Vital statistics of India. Vol. V, Reports of 1876 on armies & jails and on epidemic cholera
Year: 1876
Disease focus: Cholera
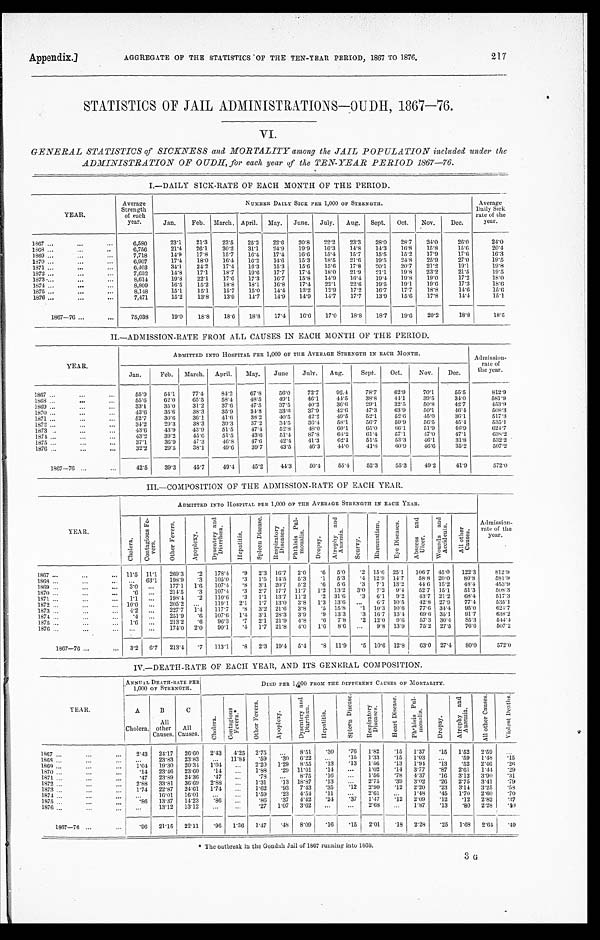
AGGREGATE OF THE STATISTICS OF THE TEN-YEAR PERIOD, 1867 TO 1876.
Appendix.]
217
STATISTICS OF JAIL ADMINISTRATIONS—OUDH, 1867—76.
VI.
GENERAL STATISTICS of SICKNESS and MORTALITY among the JAIL POPULATION included under the
ADMINISTRATION OF OUDH, for each year of the TEN-YEAR PERIOD 1867—76.
I.—DAILY SICK-RATE OF EACH MONTH OF THE PERIOD.
YEAR.
Average
Strength
of each
year.
NUMBER DAILY SICK PER 1,000 OF STRENGTH.
Average
Daily Sick
rate of the
year.
Jan.
Feb. March. April. May.
June. July.
Aug. Sept.
Oct.
Nov.
Dec.
1867 ...
...
...
6,580
23.1
21.3
23.5
25.2
22.6
20.8
22.2
23.3
28.0
28.7
24.0
26.0
24.0
1868 . . .
. . .
..
6,756
21.4
26.1
30.2
31.1
24.9
19.9
16.3
1 4 . 8
14.3
16.8
1 5 . 8
1 5 . 6
2 0 . 4
1869 . . .
. . .
. . .
7,718
14.9
17.8
15.7
16.4
17.4
16.6
15.4
15.7
15.5
15.2
17.9
17.6
16.3
1870 . . .
. . .
. . .
6,907
17.4
18.0
16.4
16.2
1 4 . 6
15.3
18.5
21.6
19.5
24.8
25.9
27.0
19.5
1871 . . .
. . .
. . .
6,403
34.1
24.2
17.4
16.3
15.3
15.6
1 5 . 6
17.8
20.1
20.7
21.2
19.1
19.8
1872 . . .
. . .
. . .
7,632
14.8
17.1
18.7
19.6
17.7
17.4
18.0
21.9
21.1
19.8
23.2
21.5
19.5
1 8 7 3 . . .
. . .
. . .
8,614
1 9 . 8
22.1
17.6
17.3
16.7
15.8
1 4 . 9
16.4
1 9 . 4 19.8
19.0
17.2
18.0
1 8 7 4
. . .
. . .
. . .
8,809
16.5
15.2
18.8
18.1
16.8
1 7 . 4
22.1
22.6
19.5
19.1
19.6
17.3
18.6
1875 ...
. . .
...
8,148
15.1
15.1
15.7
15.0
1 4 . 4 13.2
12.9
17.2
16.7
17.7
18.8
1 4 . 6
15.6
1876 . . .
. . .
. . .
7,471
15.2
13.8
13.9
14.7
14.9
14.9
1 4 . 7
1 7 . 7
13.9
15.6
17.8
1 4 . 4
15.1
1867—76 ...
...
75,038
19.0
18.8
18.6
18.8
17.4
16.6
17.0
18.8
18.7
19.6
20.2
18.8
18.5
II.—ADMISSION-RATE FROM ALL CAUSES IN EACH MONTH OF THE PERIOD.
YEAR.
ADMITTED INTO HOSPITAL PER 1,000 OF THE AVERAGE STRENGTH IN EACH MONTH.
Admisson- rate of the year.
Jan.
Feb.
March. April.
May.
June
July.
Aug.
Sept.
Oct.
Nov.
Dec.
1867 . . .
. . .
. . .
55.9
5 4 . 1
7 7 . 4
84.2
67.8
56.0
72.7
92.4
78.7
62.9
70.1
55.5
812.9
1 8 6 8 . . .
. . .
. . .
55.6
6 2 . 0
65.5
58.4
48.5
4 9 . 1
46.1
44.5
3 8 . 8
4 4 . 1
39.5
34.0
581.9
1869 . . .
. . .
. . .
33.1
35.0
31.2
37.6
4 7 . 5
37.5
40.2
3 6 . 6
2 9 . 1
32.5
50.8
4 2 . 7
453.9
1 8 7 0
. . .
. . .
. . .
43.6
35.6
38.3
35.9
3 4 . 8
3 3 . 6
37.9
42.6
47.3
63.9
50.1
4 6 . 4
508.3
1871 . . .
. . .
. . .
52.7
3 0 . 6
3 6 . 1
4 1 . 6
38.2
4 0 . 5
42.2
4 9 . 5
52.1
526
45.0
3 6 . 1
5 1 7 . 3
1872 . . .
. . .
. . .
34.2
29.3
38.3
39.3
37.2
34.5
36.4
58.1
5 6 . 7
5 9 . 9
5 6 . 5
4 5 . 4
5 3 5 . 1
1873 .
. . .
. . .
43.6
43.9
43.9
51.5
47.4
52.8
48.0
60.1
65.0
5 6 . 1
51.9
4 6 . 9
6 2 4 . 7
1874 . . .
. . .
. . .
43.2
39.2
45.6
51.5
43.6
51.4
87.8
64.2
61.4
57.1
47.0
4 7 . 1
638.2
1 8 7 5
. . .
. . .
. . .
37.1
36.9
47.3
4 6 . 8
47.6
42.4
41.3
62.1
51.5
53.3
46.1
31.8
5 3 2 . 2
1876 . . .
. . .
. . .
32.2
29.5
38.1
49.6
39.7
43.5
46.3
44.0
4 1 . 8
60.9
46.6
3 5 . 2
507.2
1867—76
. . .
. . .
42.5
39.3
45.7
49.4
4 5 . 2
44.3
50.4
55.4
52.3
55.3
49.2
41.9
572.0
III.—COMPOSITION OF THE ADMISSION-RATE OF EACH YEAR.
YEAR.
ADMITTED INTO HOSPITAL PER 1,000 OF THE AVERAGE STRENGTH IN EACH YEAR.
C h o l e r a .
C o n t a g i o u s F e v e r s .
O t h e r F e v e r s .
A p o p l e x y .
D y s e n t e r y a n d D i a r r h œ a .
H e p a t i t i s .
S p l e e n D i s e a s e .
R e s p i r a t o r y D i s e a s e s .
P h t h i s i s P u l m o n a l i s .
D r o p s y .
A t r o p h y a n d A n æ m i a .
S c u r v y .
R h e u m a t i s m .
E y e D i s e a s e s .
A b s c e s s a n d U l c e r .
W o u n d s a n d A c c i d e n t s .
A l l o t h e r C a u s e s .
Admission-
rate of the
year.
1867 . . .
. . .
. . . 11.5 11.1
2 6 9 . 3
. 2 178.4
.9
2 . 3 16.7 2.0
.6 5.0
.2 15.6 25.1
1 0 6 . 7 45.0 122.3
812.9
1868 . . .
. . .
. . .
. . . 63.1
198.9
. 3 105.0
.3
1.5 14.5
5.3
.1
5.3
.4 12.9 14.7
58.8 20.0
80.8
5 8 1 . 9
1 8 6 9
. . .
. . .
. . .
3. 0 ...
177.1 1.6
107.4
.8
3.1 20.7
5.2
. 6 5.6
.3 7.1 13.2
4 4 . 6 15.2
48.4
453.9
1870 . . .
. . .
. . .
.6 ...
2 1 4 . 5 .3
107.4
.3 2.7 17.7 11.7
1.2 13.2
3.0 7.2 9.4
52.7 15.1
51.3
508.3
1871 . . .
. . .
. . . 1.1 ...
198.4
.2
110.6 .3
1 . 1 13.7 11.2
.2 31.6
.3
6.1
9.2
43.7 21.2
6 8 . 4
517.3
1872 . . .
. . .
. . . 10.0 ...
205.2
. . .
119.1 2.1
1.7 13.0 3.8
1.3 13.6 ...
6.7 10.5
4 2 . 8 27.9
77.4
535.1
1873 . . .
. . .
. . . 4.2
. . .
227.7
1 . 4 117.7
.8 3.2 21.6
3 . 8
. 5
1 5 . 8 .1
10. 3 10.6
7 7 . 6 34.4
95.0
624.7
1874 . . .
. . .
. . . .4 ...
251.9
. 6
107. 6
1 . 4
3 . 1 28.3
3.9
.9 13.3
.3 16.7 13.4
69.6 35.1
91.7
638.2
1875 . . .
. . .
. . . 1.6
. . .
213.2
.6
96.3
.7
2.1 21.9 4.8
.6
7.8
.2 12.0
9.6
5 7 . 3 30.4
8 5 . 3
5 4 4 . 4
1 8 7 6
. . .
. . .
. . .
. . .
. . .
174.0 2.0
90.1
. 4
1 . 7 21.8
4 . 0
1 . 6
8 . 6
. . . 9.8 13.9
75.2 27.5
76.6
507.2
1867—76 . . .
. . . 3.2
6 . 7
2 1 3 . 4 .7
113.1
.8
2.3 19.4
5 . 4
. 8 11.9
.5 10.6 12.8
6 3 . 0 27.4
80.0
572.0
IV.—DEATH-RATE OF EACH YEAR, AND ITS GENERAL COMPOSITION.
YEAR.
A N N U A L D E A T H - R A T E P E R 1 , 0 0 0 O F S T R E N G T H .
D I E D P E R 1 , 0 0 0 F R O M T H E D I F F E R E N T C A U S E S O F M O R T A L I T Y .
A
Cholera.
B
All
other
Causes.
C
All
Causes.
C h o l e r a .
C o n t a g i o u s F e v e r s .
‫٭‬
O t h e r F e v e r s .
A p o p l e x y .
D y s e n t e r y a n d D i a r r h œ a .
H e p a t i t i s .
S p l e e n D i s e a s e .
R e s p i r a t o r y D i s e a s e s .
H e a r t D i s e a s e .
P h t h i s i s P u l m o n a l i s .
D r o p s y .
A t r o p h y a n d A n æ m i a .
A l l o t h e r C a u s e s .
V i o l e n t D e a t h s .
1 8 6 7 . . .
. . .
. . .
2 . 4 3 24.17
2 6 . 6 0 2.43
4 . 2 5 2.75
... 8.51
.30
. 7 6 1.82
. 1 5 1.37
. 1 5
1 . 5 2
2 . 5 9
. . .
1 8 6 8 . . .
. . .
. . .
. . . 23.83
23.83
...
11.84 .59
. 3 0 6.22
. . .
. 1 5 1.33
. 1 5 1.03
...
.59
1.48
. 1 5
1869 . . .
. . .
. . .
1 . 0 4 19.30
2 0 . 3 4
1 . 0 4
...
2.20 1.29 8.55
.13
. 1 3
1. 56
. 1 3
1 . 9 4
. 1 3
. 5 2
2 . 4 6
. 2 6
1870 . . .
. . .
. . .
.14 23.46 23.60
. 1 4 ...
1.88
.29 11.01
.14
...
1.02
. 1 4 3.77
. 8 7
2 . 6 1 1.44
. 2 9
1871 . . .
. . .
. . .
. 4 7
2 3 . 8 9 24.36
. 4 7 ...
. 7 8
. . .
8.75
. 1 6 ...
1.56
. 7 8 4.37
. 1 6
3 . 1 2 3.90
. 3 1
1 8 7 2 . . .
. . .
. . . 2.88 33.81
36.69
2.88
...
1.31
.13 18.87
.13
. . . 2.75
. 3 9 3.02
. 2 6 2.75
3.41
. 7 9
1 8 7 3 . . .
. . .
. . . 1.74 22.87
24.61
1.74
. . .
1.62
.93 7.43
.35
. 1 2 2.90
. 1 2 2.20
. 2 3
3 . 1 4 3.25
. 5 8
1 8 7 4 . . .
. . .
. . .
. . .
16.01
1 6 . 0 1
...
...
1.59
.23 4.54
.11
...
2. 61
. . .
1 . 4 8
. 4 5 1.70 2.60
. 7 0
1 8 7 5 . . .
. . .
. . .
.86
13.37
1 4 . 2 3
. 8 6 ...
.86
.37
4.42 .24
. 3 7 1.47
. 1 2 2.09
. 1 2 .12
2 . 8 2
. 3 7
1 8 7 6 . . .
. . .
. . .
...
13.12
1 3 . 1 2
...
...
.27 1.07 3.62
...
...
2. 68
...
1.87
. 1 3 .80
2 . 2 8
. 4 0
1867—76
. . .
. . .
.96
2 1 . 1 5
2 2 . 1 1
. 9 6
1 . 3 6 1.47
.48 8.09
. 1 6
. 1 5
2. 01
. 1 8 2.28
. 2 5 1.68
2 . 6 4
. 4 0
‫٭‬
T h e o u t b r e a k i n t h e G o n d a h J a i l o f 1 8 6 7 r u n n i n g i n t o 1 8 6 8 .